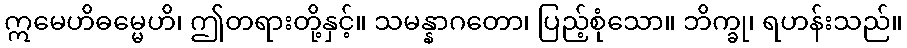
ဣမေဟိဓမ္မေဟိ၊ ဤတရားတို့နှင့်။ သမန္နာဂတော၊ ပြည့်စုံသော။ ဘိက္ခု၊ ရဟန်းသည်။